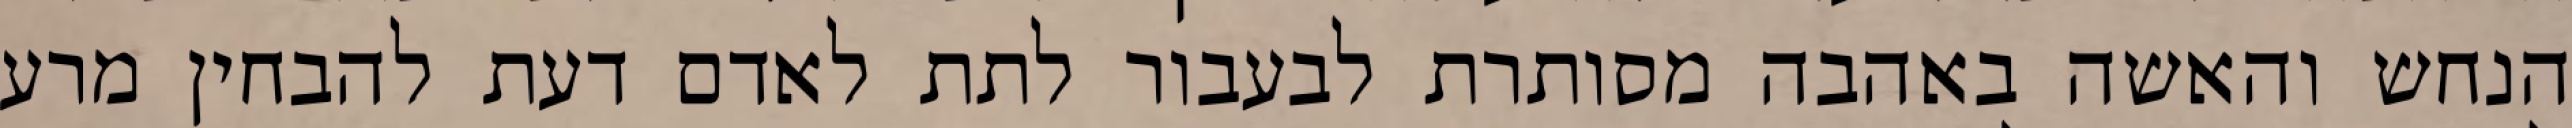
הנחש והאשה באהבה מסותרת לבעבור לתת לאדם דעת להבחין מרע